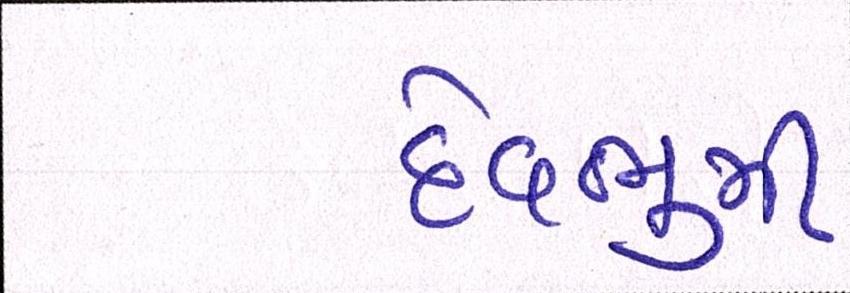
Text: દેવભુમી